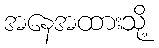
အနေအထားသို့